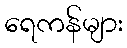
ရေကန်များ